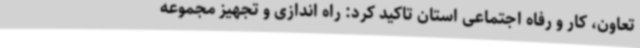
تعاون، کار و رفاه اجتماعی استان تاکید کرد: راه اندازی و تجهیز مجموعه